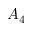
A _ { 4 }